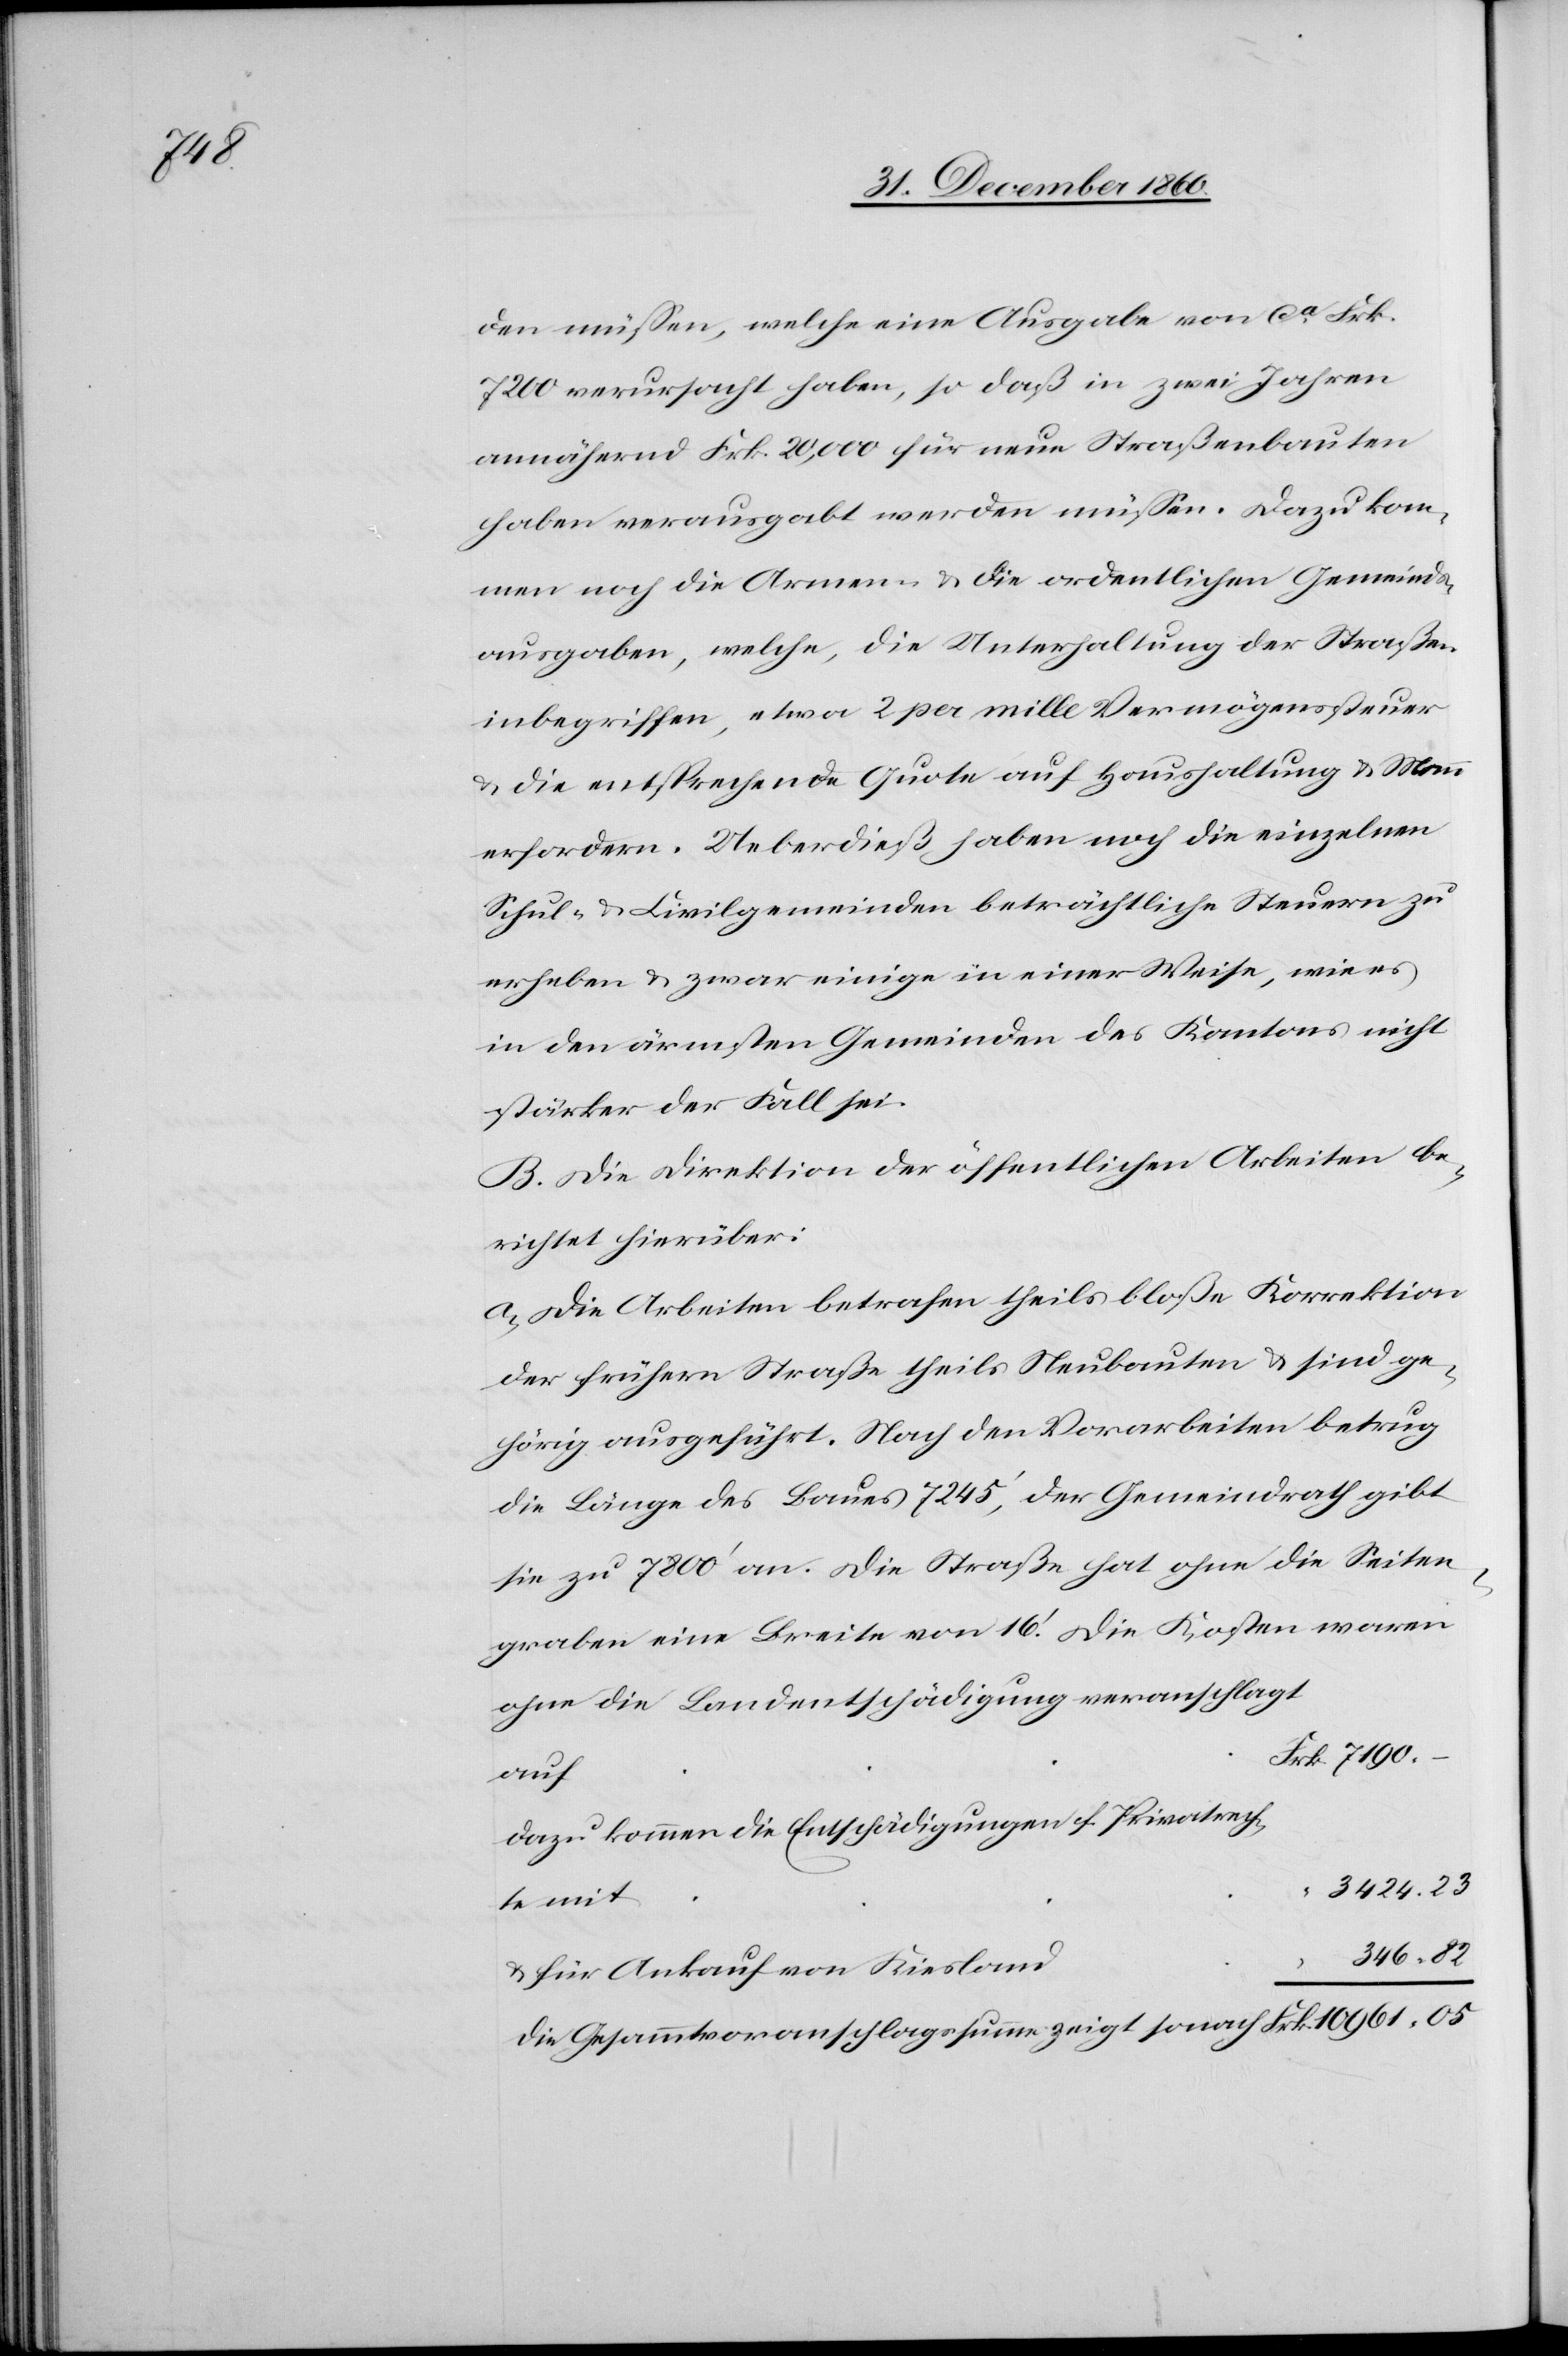
23

den müssen, welche eine Ausgabe von ca Frk.
7200 verursacht haben, so daß in zwei Jahren
annähernd Frk. 20,000 für neue Straßenbauten
haben verausgabt werden müssen. Dazu kom¬
men noch die Armen- u. die ordentlichen Gemeinds¬
ausgaben, welche, die Unterhaltung der Straßen
inbegriffen, etwa 2 per mille Vermögenssteuer
u. die entsprechende Quote auf Haushaltung u. Mann
erfordern. Ueberdieß haben noch die einzelnen
Schul- u. Civilgemeinden beträchtliche Steuern zu
erheben u. zwar einige in einer Weise, wie es
in den ärmsten Gemeinden des Kantons nicht
stärker der Fall sei.
B. Die Direktion der öffentlichen Arbeiten be¬
richtet hierüber:
a. Die Arbeiten betrafen theils bloße Korrektion
der frühern Straße theils Neubauten u. sind ge¬
hörig ausgeführt. Nach den Vorarbeiten betrug
die Länge des Baues 7245’, der Gemeindrath gibt
sie zu 7800’ an. Die Straße hat ohne die Seiten¬
graben eine Breite von 16’. Die Kosten waren
ohne die Landentschädigung veranschlagt
“
auf
dazu kommen die Entschädigungen f. Privatrech¬
te mit
u. für Ankauf von Kiesland
Die Gesammtvoranschlagssumme zeigt sonach